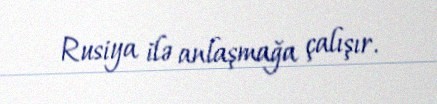
Rusiya ilə anlaşmağa çalışır.